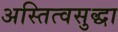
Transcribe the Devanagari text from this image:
अस्तित्वसुद्धा